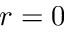
r = 0